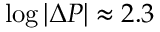
\log | \Delta P | \approx 2 . 3